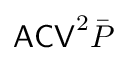
\mathsf { A C V } ^ { 2 } \bar { P }